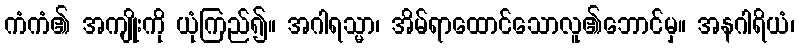
ကံကံ၏ အကျိုးကို ယုံကြည်၍။ အဂါရသ္မာ၊ အိမ်ရာထောင်သောလူ၏ဘောင်မှ။ အနဂါရိယံ၊